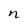
Character: n